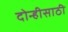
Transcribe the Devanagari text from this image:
दोन्हीसाठी